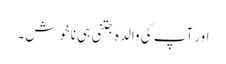
اور آپ کی والدہ جتنی ہی ناخوش۔